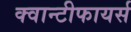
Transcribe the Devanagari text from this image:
क्वान्टीफायर्स